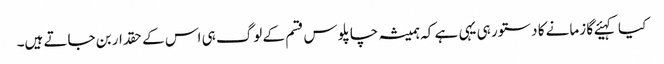
کیا کہیئے گا زمانے کا دستور ہی یہی ہے کہ ہمیشہ چاپلوس قسم کے لوگ ہی اس کے حقدار بن جاتے ہیں۔